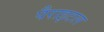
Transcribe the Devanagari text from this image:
पैराइटल